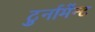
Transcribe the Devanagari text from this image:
टुर्नामेंन्ट